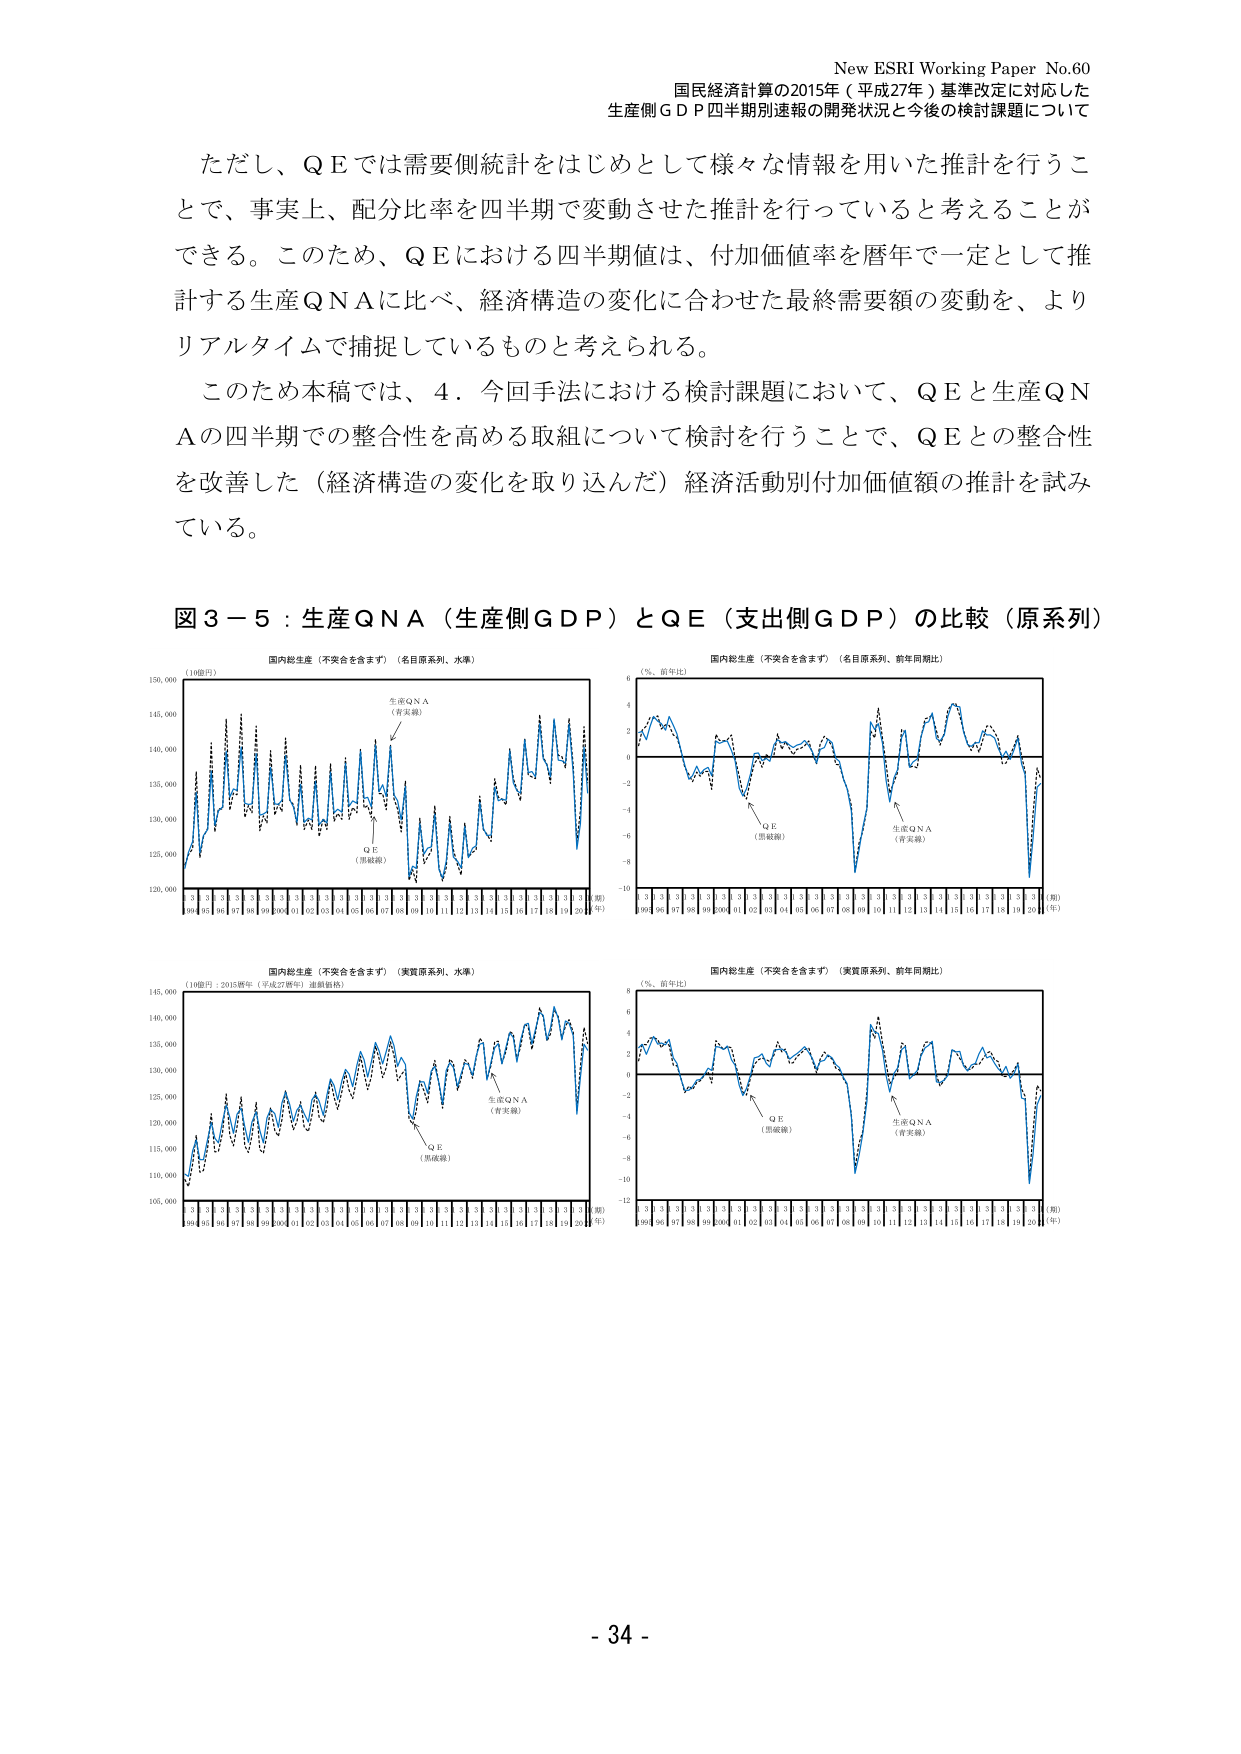
New ESRI Working Paper No.60
国民経済計算の2015年（平成27年）基準改定に対応した
生産側ＧＤＰ四半期別速報の開発状況と今後の検討課題について

ただし、ＱＥでは需要側統計をはじめとして様々な情報を用いた推計を行うことで、事実上、配分比率を四半期で変動させた推計を行っていると考えることができる。このため、ＱＥにおける四半期値は、付加価値率を暦年で一定として推計する生産ＱＮＡに比べ、経済構造の変化に合わせた最終需要額の変動を、よりリアルタイムで捕捉しているものと考えられる。

このため本稿では、４．今回手法における検討課題において、ＱＥと生産ＱＮＡの四半期での整合性を高める取組について検討を行うことで、ＱＥとの整合性を改善した（経済構造の変化を取り込んだ）経済活動別付加価値額の推計を試みている。

図３－５：生産ＱＮＡ（生産側ＧＤＰ）とＱＥ（支出側ＧＤＰ）の比較（原系列）

国内総生産（不突合を含まず）（名目原系列、水準）
（10億円）
150,000
145,000
140,000
135,000
130,000
125,000
120,000
生産ＱＮＡ（青実線）
ＱＥ（黒破線）
99 01 03 05 07 09 99 00 01 02 03 04 05 06 07 08 09 10 11 12 13 14 15 16 17 18 19 20（期）（年）

国内総生産（不突合を含まず）（名目原系列、前年同月比）
（％、前年比）
6
4
2
0
-2
-4
-6
-8
-10
ＱＥ（黒破線）
生産ＱＮＡ（青実線）
99 01 03 05 07 09 99 00 01 02 03 04 05 06 07 08 09 10 11 12 13 14 15 16 17 18 19 20（期）（年）

国内総生産（不突合を含まず）（実質原系列、水準）
（10億円：2015暦年（平成27暦年）連鎖価格）
145,000
140,000
135,000
130,000
125,000
120,000
115,000
110,000
105,000
生産ＱＮＡ（青実線）
ＱＥ（黒破線）
99 01 03 05 07 09 99 00 01 02 03 04 05 06 07 08 09 10 11 12 13 14 15 16 17 18 19 20（期）（年）

国内総生産（不突合を含まず）（実質原系列、前年同月比）
（％、前年比）
6
4
2
0
-2
-4
-6
-8
-10
-12
ＱＥ（黒破線）
生産ＱＮＡ（青実線）
99 01 03 05 07 09 99 00 01 02 03 04 05 06 07 08 09 10 11 12 13 14 15 16 17 18 19 20（期）（年）

- 34 -